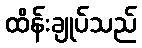
ထိန်းချုပ်သည်